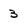
Character: 3